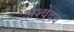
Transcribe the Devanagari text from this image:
अश्वेदव